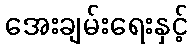
အေးချမ်းရေးနှင့်